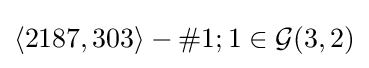
\langle 2187,303\rangle -\#1;1\in {\mathcal {G}}(3,2)